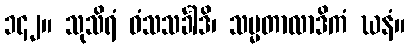
၁၄၂။ သုသိရံ ဝံသသင်္ခါဒိ၊ သမ္မတာလာဒိကံ ဃနံ။